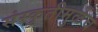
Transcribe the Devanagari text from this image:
संस्कृतीमुळेच